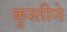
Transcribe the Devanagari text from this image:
कुस्तीने